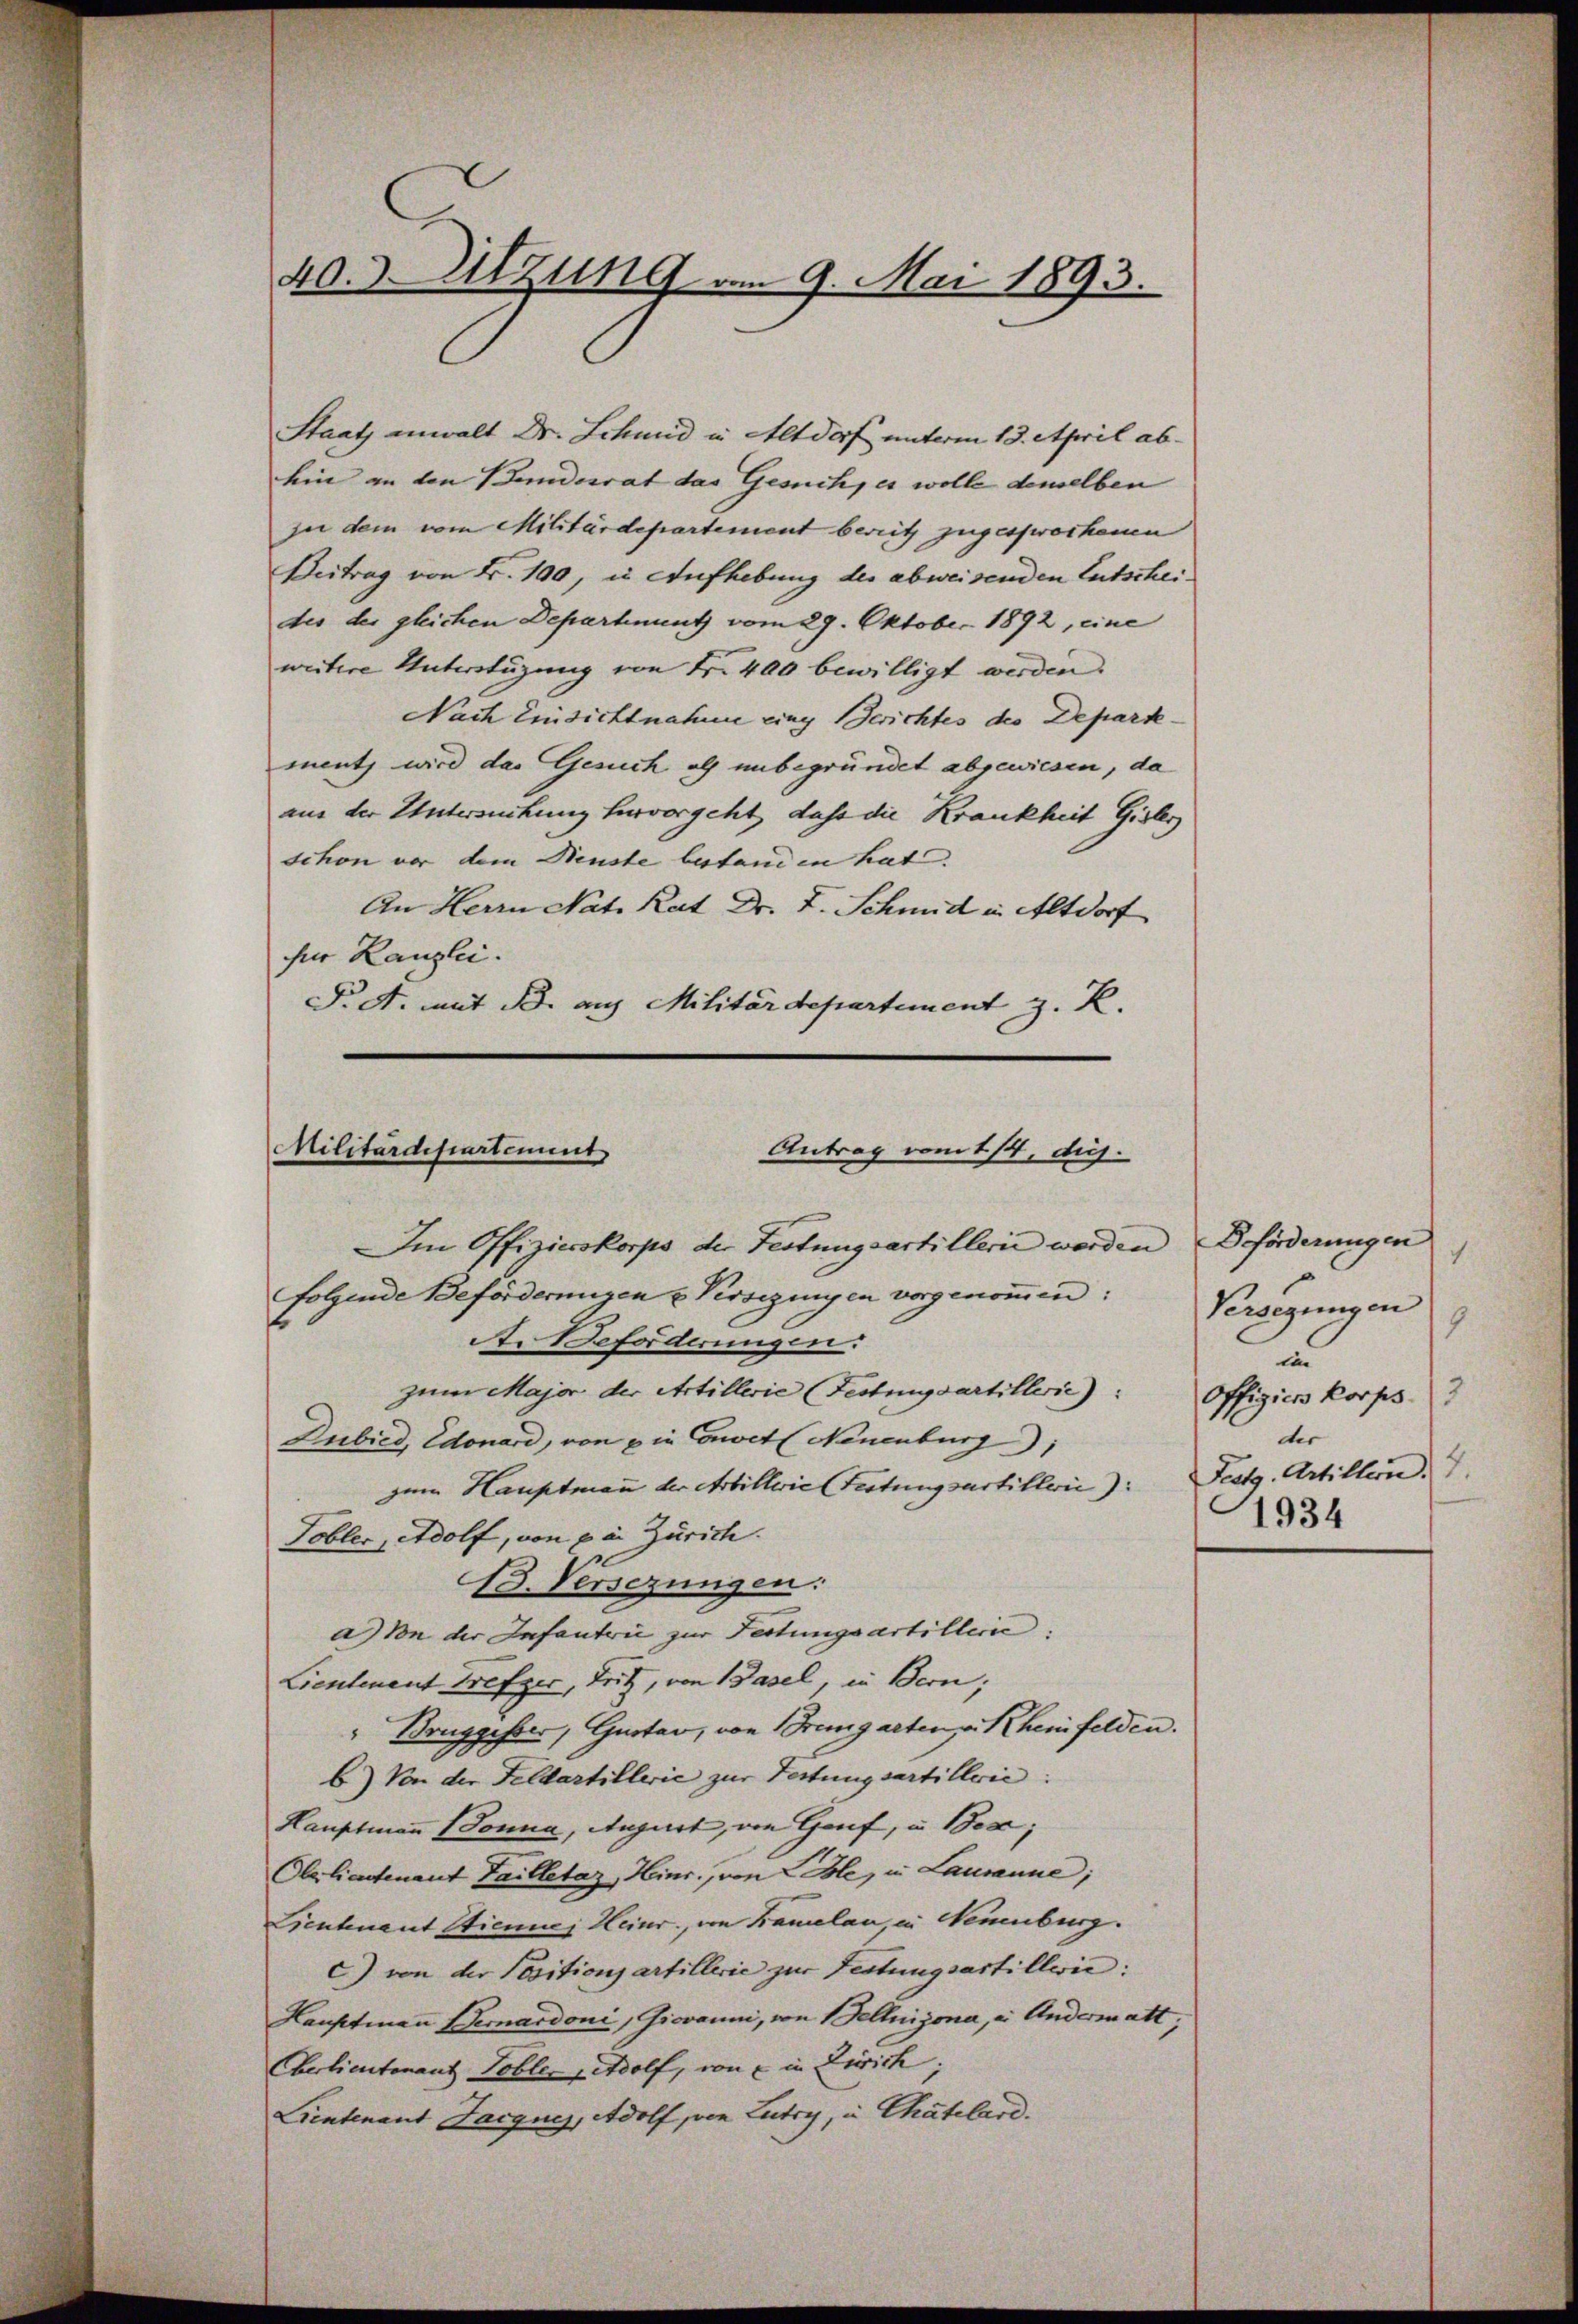
40. Sitzung am 9. Mai 18
—

Staat anwalt Dr. Schmid in Altdorf unterm 13. April ab-
hin an den Bundesrat das Gesuch, es wolle demselben
zu dem vom Militärdepartement bereitz zugesprochenen
Beitrag von Fr. 100, in Aufhebung des abweisenden Entscheides der gleichen Departement vom 29. Oktober 1892, eine
weitere Unterstüzung von Nr. 400 bewilligt werden.
Nach Einsichtnahme eing Berichtes des Departement wird das Gesuch als unbegründet abgewiesen, da
aus der Untersuchung hervorgeht dass die Krankheit Gisler
schon vor dem Neuste bestanden hat.
An Herrn Nat. Rat Dr. F. Schmid in Altdorf
für Kanzlei.
P. A. mit Fr. aus Militärdepartement z. R.

Militärdepartement
Antrag vom 1/4. diej

Im Offizierskorps der Festungsartillerie werden
folgende Beförderungen u Pissezingen vorgenommen:
A. Beforderungen.
zum Major der Artillerie (Festungsartillerie):
Dubied, Edouard, von eine oevet (Neuenburg),
zum Hauptmann der Artillerie Festungsartillerie): Festg. Artillein.
Tobler, Adolf, von ein Zürich.
B. Versezungen:
a) Von der Infantrie zur Festungsartilleine:
Lieutenant Frefzer, Tritz, von Basel, in Bern;
" Bruggesser, Gustav, von Bremgarten u. Rheinfelden.
b) Von der Feldartillerie zur Tertungsartillvić:
Hauptmann Sonna, August, von Genf, u. Bese;
Olliadenant Failletaz, Heinr., von Lele, u. Lausanne;
Lieutenant Stiennes Heinr., von Bauelan, in Neuenburg.
c) von der Positionsartillerie zur Festungsartillerie:
Hauptmann Bernardoni, Giovanni, von Fellnizona, u. Andermatt
Eberlieutenant Tobler Adolf, von in Zürich
Lientenant Jacques, Adolf, von Lutry, u Chätelard.

Beförderungen
h
Versezungen
9
u
3
Offiziers korps.
der
4.
1934